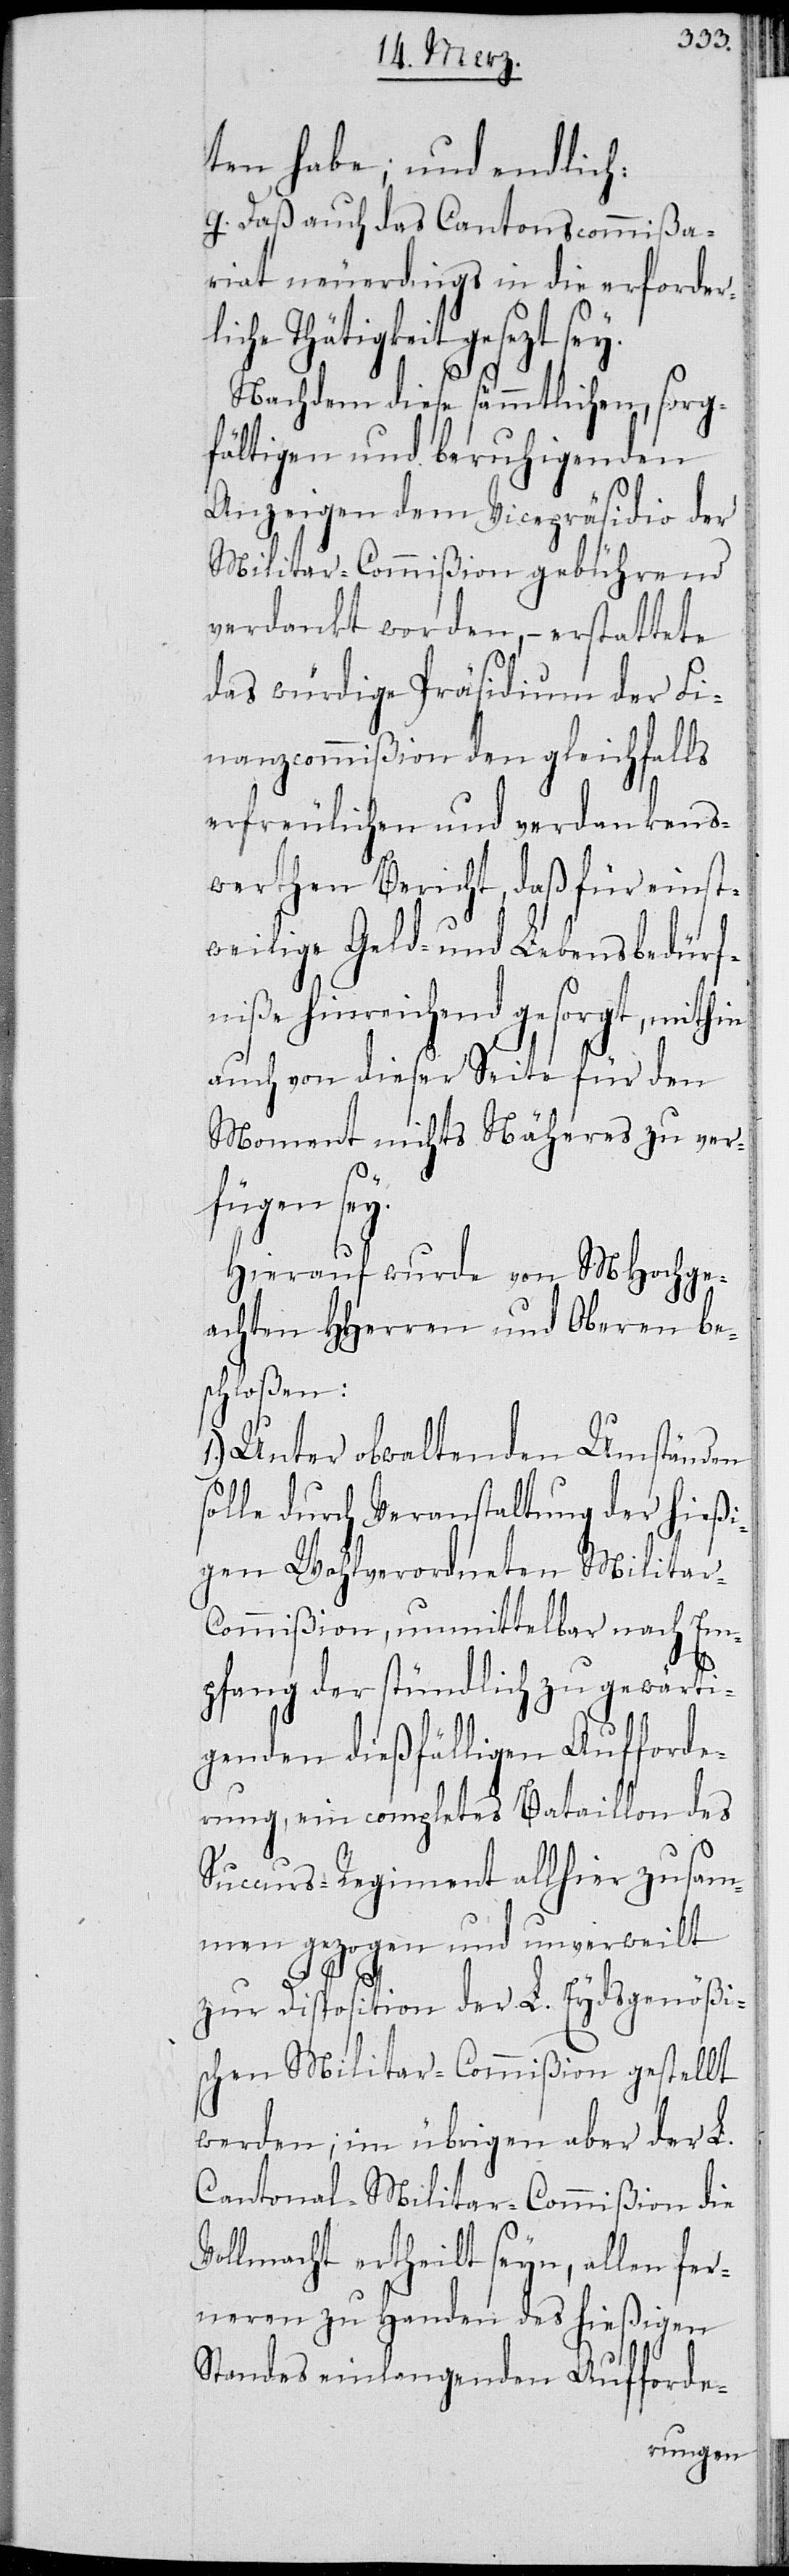
ten habe; und endlich:
g. Daß auch das Cantonscommißa¬
riat neuerdings in die erforder¬
liche Thätigkeit gesetzt sey.
Nachdem diese sämmtlichen, sorg¬
fältigen und beruhigenden
Anzeigen dem Vicepräsidio der
Militar-Commißion gebührend
verdankt worden, – erstattete
das würdige Präsidium der Fi¬
nanzcommißion den gleichfalls
erfreulichen und verdankens¬
werthen Bericht, daß für einst¬
weilige Geld- und Lebensbedürf¬
niße hinreichend gesorgt, mithin
auch von dieser Seite für den
Moment nichts Näheres zu ver¬
fügen sey.
Hierauf wurde von MHochge¬
achten HHerren und Oberen be¬
schloßen:
1.) Unter obwaltenden Umständen
solle durch Veranstaltung der hießi¬
gen Wohlverordneten Militar-C¬
ommißion, unmittelbar nach Em¬
pfang der stündlich zu gewärti¬
genden diesfälligen Aufforde¬
rung, ein completes Bataillon des
Succurs-Regiment allhier zusam¬
men gezogen und unverweilt
zur Disposition der L. Eydsgenößi¬
schen Militar-Commißion gestellt
werden; im übrigen aber der L.
Cantonal-Militar-Commißion die
Vollmacht ertheilt seyn, allen fer¬
neren zu Handen des hießigen
Standes einlangenden Aufforde-